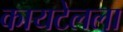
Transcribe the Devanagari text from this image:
कायटेलला